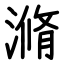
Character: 滫